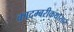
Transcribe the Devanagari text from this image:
कादम्बरीकथासार